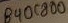
Text: B40C800